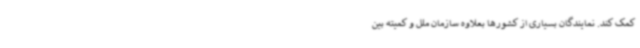
کمک کند. نمایندگان بسیاری از کشورها بعلاوه سازمان ملل و کمیته بین